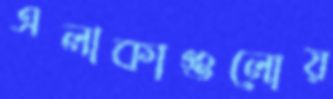
এলাকাগুলোয়